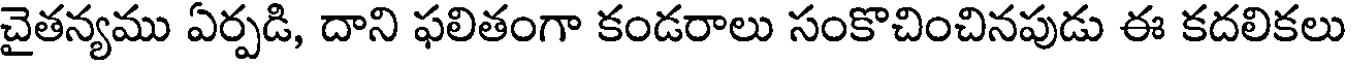
చైతన్యము ఏర్పడి, దాని ఫలితంగా కండరాలు సంకొచించినపుడు ఈ కదలికలు